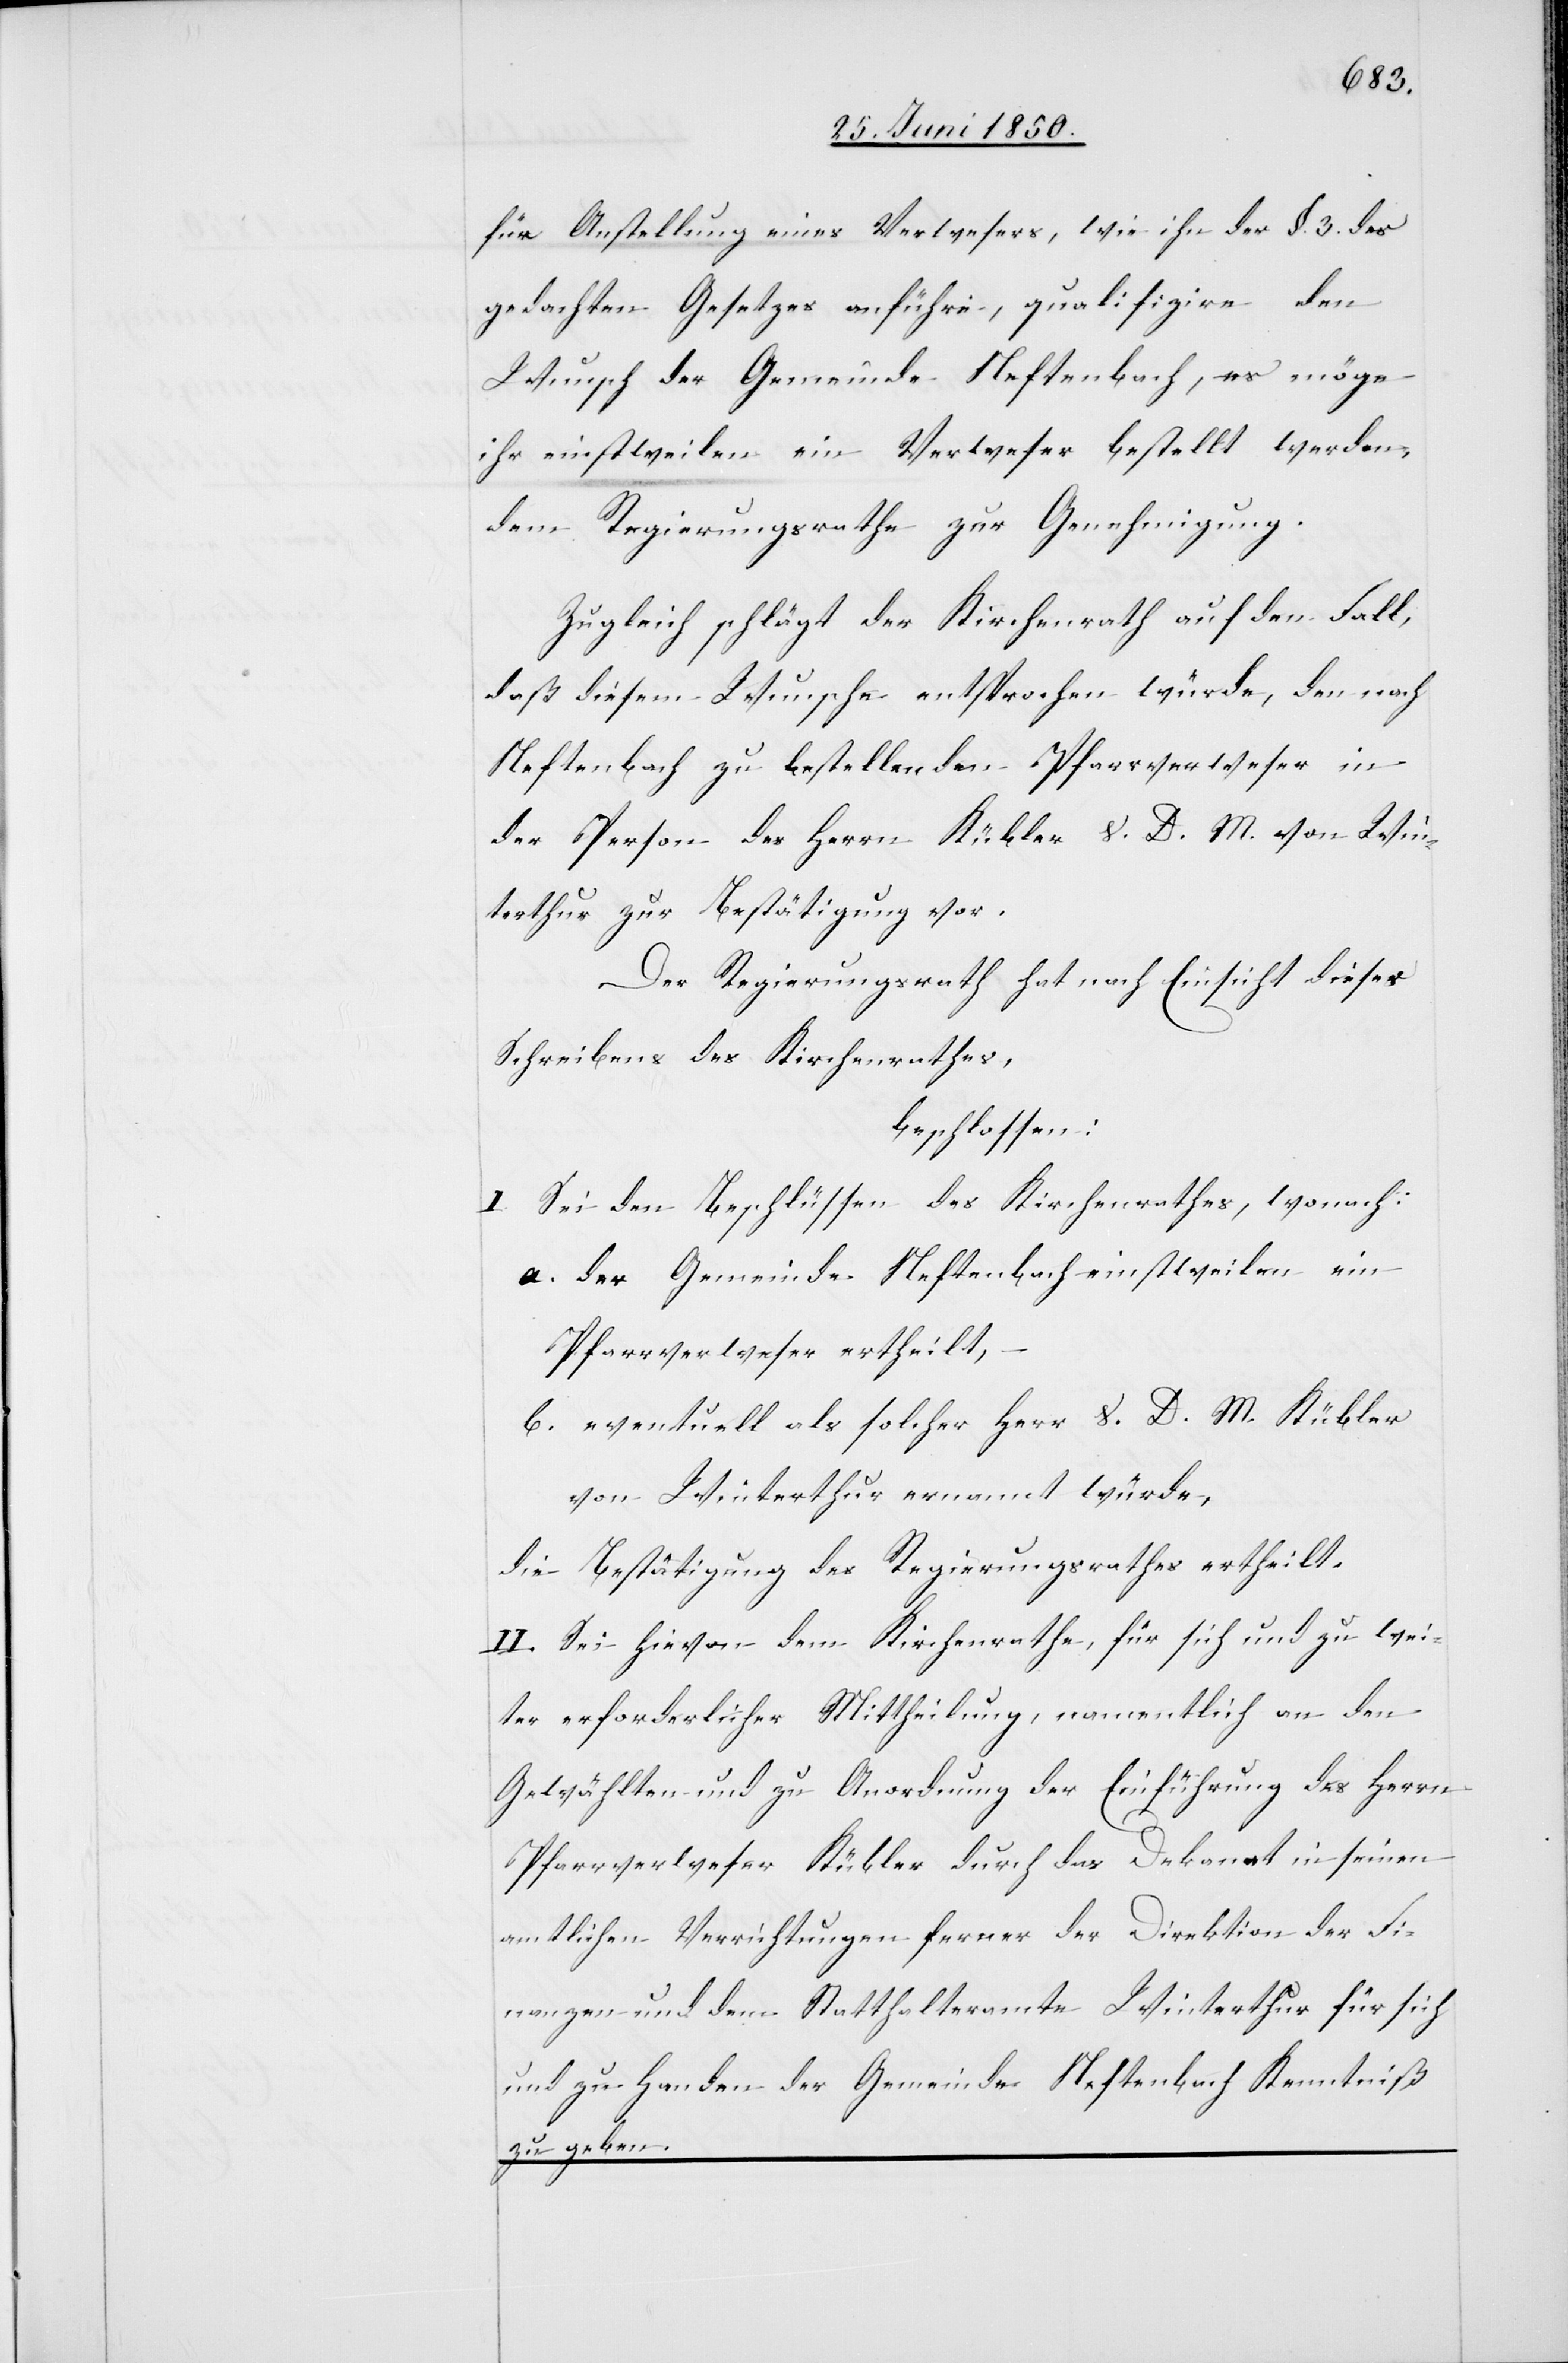
für Anstellung eines Verwesers, wie ihn der §. 3. des
gedachten Gesetzes anführe, qualifizire den
Wunsch der Gemeinde Neftenbach, es möge
ihr einstweilen ein Verweser bestellt werden,
dem Regierungsrathe zur Genehmigung.
Zugleich schlägt der Kirchenrath auf den Fall,
daß diesem Wunsche entsprochen würde, den nach
Neftenbach zu bestellenden Pfarrverweser in
der Person des Herrn Kübler V. D. M. von Win¬
terthur zur Bestätigung vor.
Der Regierungsrath hat nach Einsicht dieses
Schreibens des Kirchenrathes,
beschlossen:
I. Sei den Beschlüssen des Kirchenrathes, wonach:
a. der Gemeinde Neftenbach einstweilen ein
Pfarrverweser ertheilt,
b. eventuell als solcher Herr V. D. M. Kübler
von Winterthur ernannt würde,
die Bestätigung des Regierungsrathes ertheilt.
II. Sei hievon dem Kirchenrathe, für sich und zu wei¬
ter erforderlicher Mittheilung, namentlich an den
Gewählten und zu Anordnung der Einführung des Herrn
Pfarrverweser Kübler durch das Dekanat in seinen
amtlichen Verrichtungen ferner der Direktion der Fi¬
nanzen und dem Statthalteramte Winterthur für sich
und zu Handen der Gemeinde Neftenbach Kenntniß
zu geben.